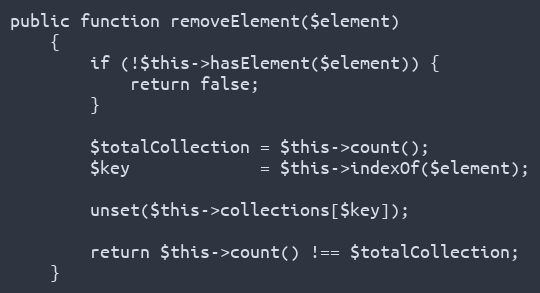
Language: PHP
public function removeElement($element)
    {
        if (!$this->hasElement($element)) {
            return false;
        }

        $totalCollection = $this->count();
        $key             = $this->indexOf($element);

        unset($this->collections[$key]);

        return $this->count() !== $totalCollection;
    }